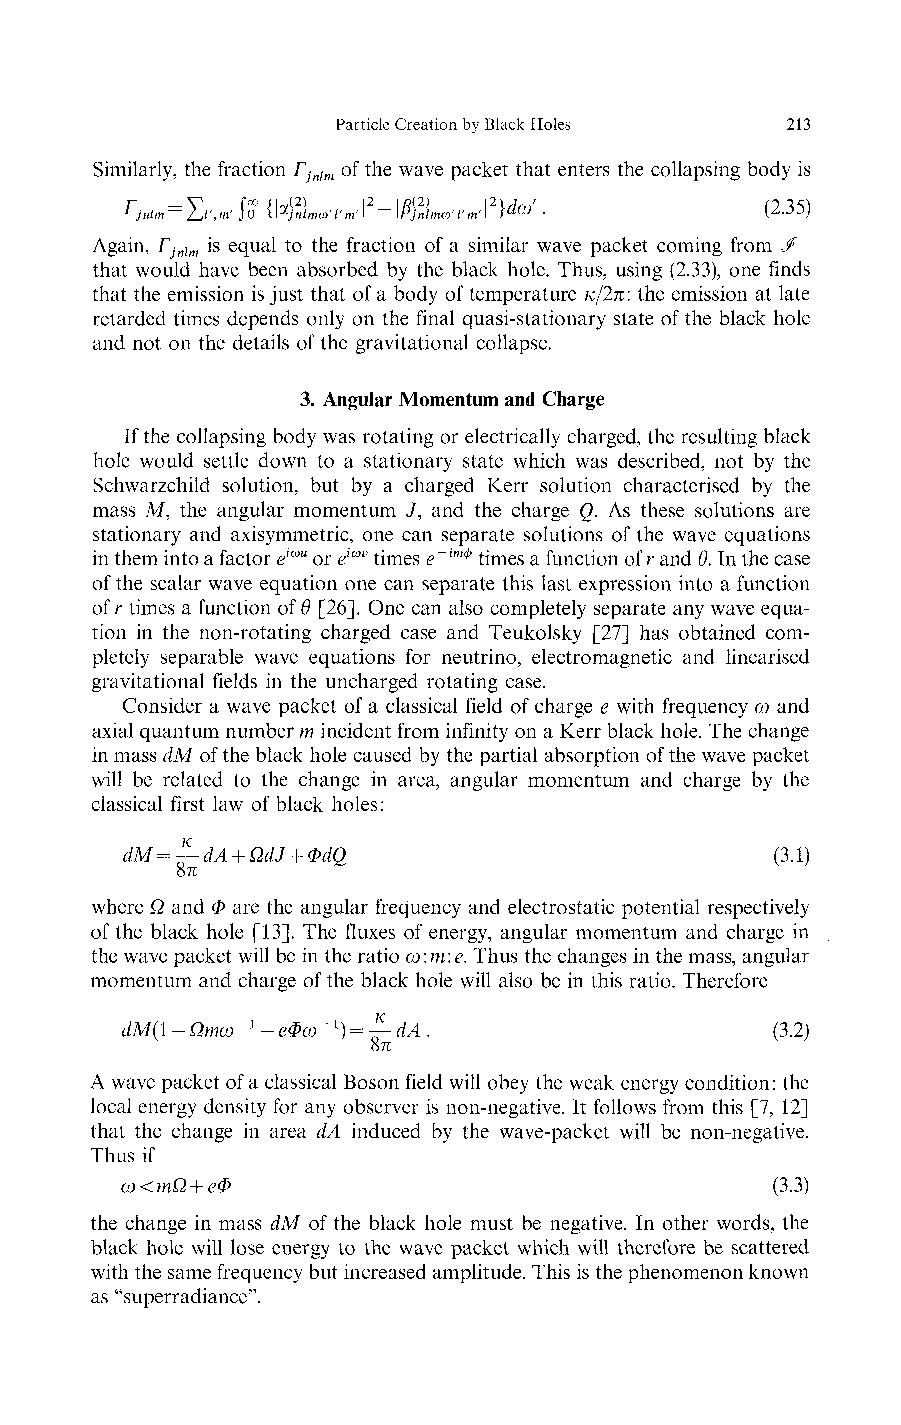
Particle Creation by Black Holes 213
 Similarly, the fraction Γ of the wave packet that enters the collapsing body is
 jnlm
 Γ , = Σι>, <tt «„»•,•„,•2 -!$L»τJ2}<ίω'.  (235)
 jn m  m
 Again, Γ is equal to the fraction of a similar wave packet coming from J>~
 jnlm
 that would have been absorbed by the black hole. Thus, using (2.33), one finds
 that the emission is just that of a body of temperature κ/2π: the emission at late
 retarded times depends only on the final quasi-stationary state of the black hole
 and not on the details of the gravitational collapse.
 3. Angular Momentum and Charge
 If the collapsing body was rotating or electrically charged, the resulting black
 hole would settle down to a stationary state which was described, not by the
 Schwarzchild solution, but by a charged Kerr solution characterised by the
 mass M, the angular momentum J, and the charge Q. As these solutions are
 stationary and axisymmetric, one can separate solutions of the wave equations
 in them into a factor eιωu or eιωv times e~ιmφ times a function of r and θ. In the case
 of the scalar wave equation one can separate this last expression into a function
 of r times a function of θ [26]. One can also completely separate any wave equa-
 tion in the non-rotating charged case and Teukolsky [27] has obtained com-
 pletely separable wave equations for neutrino, electromagnetic and linearised
 gravitational fields in the uncharged rotating case.
 Consider a wave packet of a classical field of charge e with frequency ω and
 axial quantum number m incident from infinity on a Kerr black hole. The change
 in mass dM of the black hole caused by the partial absorption of the wave packet
 will be related to the change in area, angular momentum and charge by the
 classical first law of black holes:
 dM=£-dA + ΩdJ + ΦdQ                        (3.1)
 8π
 where Ω and Φ are the angular frequency and electrostatic potential respectively
 of the black hole [13]. The fluxes of energy, angular momentum and charge in
 the wave packet will be in the ratio ω:m:e. Thus the changes in the mass, angular
 momentum and charge of the black hole will also be in this ratio. Therefore
 dM( 1 - Ωmω "1 - eΦω ~l)=^-dA.            (3.2)
 8π
 A wave packet of a classical Boson field will obey the weak energy condition: the
 local energy density for any observer is non-negative. It follows from this [7, 12]
 that the change in area dA induced by the wave-packet will be non-negative.
 Thus if
 ω<mΩ + eΦ                                 (3.3)
 the change in mass dM of the black hole must be negative. In other words, the
 black hole will lose energy to the wave packet which will therefore be scattered
 with the same frequency but increased amplitude. This is the phenomenon known
 as "superradiance".